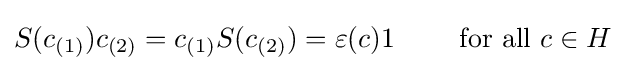
S(c_{(1)})c_{(2)}=c_{(1)}S(c_{(2)})=\varepsilon (c)1\qquad {\mbox{ for all }}c\in H